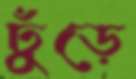
ঢুঁড়ে